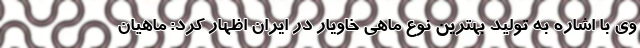
وی با اشاره به تولید بهترین نوع ماهی خاویار در ایران اظهار کرد: ماهیان